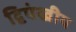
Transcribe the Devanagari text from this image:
द्विपंखीय